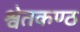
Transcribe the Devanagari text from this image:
श्वेतकण्ठ